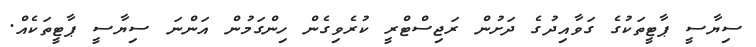
ސިޔާސީ ޕާޓީތަކުގެ ގަވާއިދުގެ ދަށުން ރަޖިސްޓްރީ ކުރެވިގެން ހިންގަމުން އަންނަ ސިޔާސީ ޕާޓީތަކެއް.